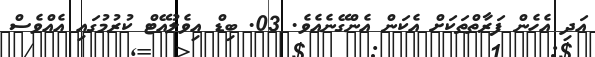
އަދި އެހެން ފަރާތްތަކަށް އެކަން އެންގޭނެއެވެ. 03. ބިޑް އިވެލުއޭޓް ކުރުމުގައި އެއްވެސް